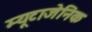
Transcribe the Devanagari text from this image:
म्यूटाजेनिक